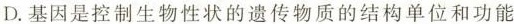
D.基因是控制生物性状的遗传物质的结构单位和功能